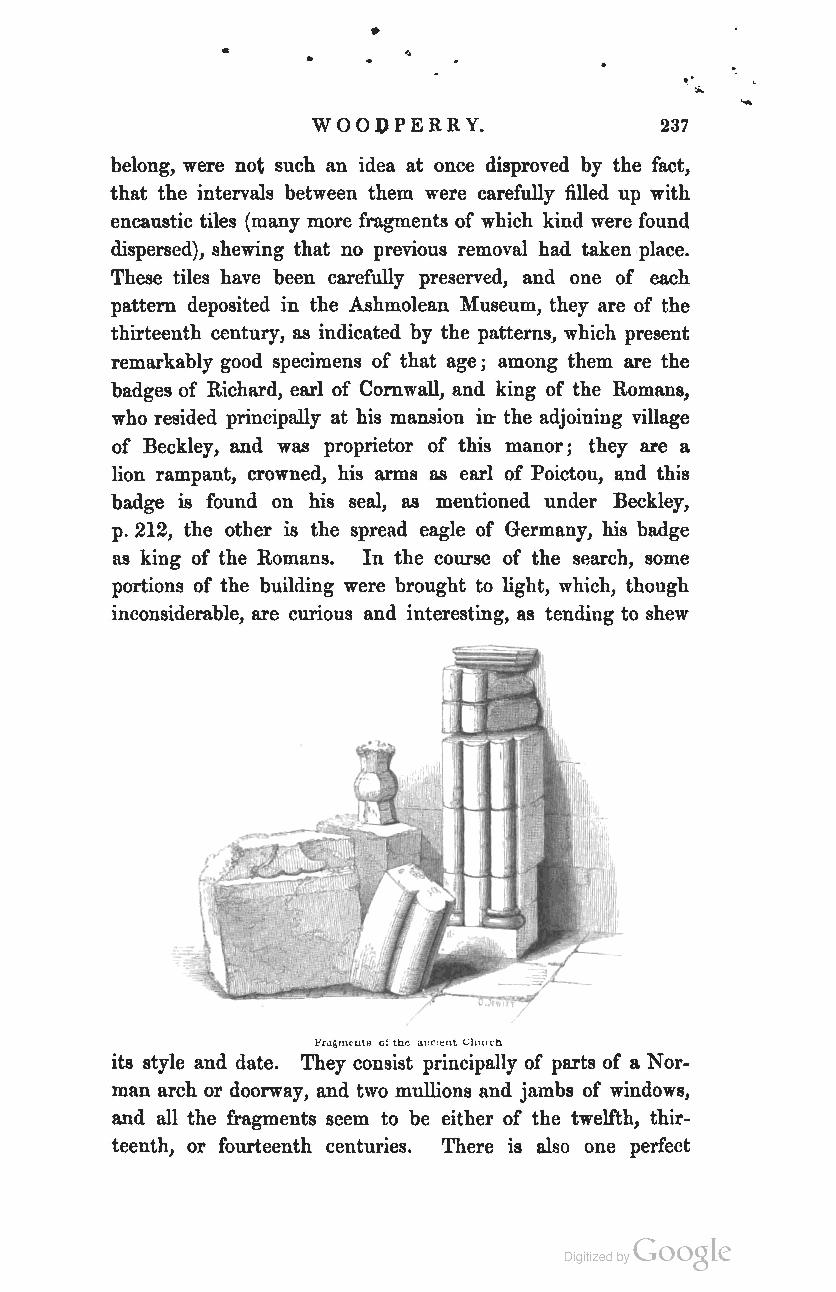
•
 ,.. ..
 "
 WOO:OPERR Y.           237
 belong, were not such an idea at once disproved by the fact,
 that the intervals between them were carefully filled up with
 encaustic tiles (many more fragments of which kind were found
 dispersed), shewing that no previous removal had taken place.
 These tiles have been carefully preserved, and one of each
 pattern deposited in the Ashmolean Museum, they are of the
 thirteenth century, as indicated by the patterns, which present
 remarkably good specimens of that age; among them are the
 badges of Richard, earl of Cornwall, and king of the Romans,
 who resided principally at his mansion in- the adjoining village
 of Beckley, and was proprietor of this manor; they are a
 lion rampant, crowned, his arms as earl of Poictou, and this
 badge is found on his seal, as mentioned under Beckley,
 p. 212, the other is the spread eagle of Germany, his badge
 as king of the Romans. In the course of the search, some
 portions of the building were brought to light, which, though
 inconsiderable, are curious and interesting, as tending to shew
 l-'ra~m(-ut~ Crt the 'Ul(,l~ul ClHIIl.'b
 its style and date. They consist principally of parts of a Nor
 man arch or doorway, and two mullions and jambs of windows,
 and all the fragments seem to be either of the twelfth, thir
 teenth, or fourteenth centuries. There is also one perfect
 Coogle
 Digitized by